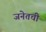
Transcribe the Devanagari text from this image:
जनेतची